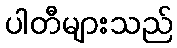
ပါတီများသည်